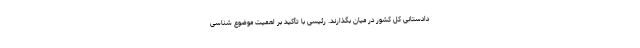
دادستانی کل کشور در میان بگذارند. رئیسی با تأکید بر اهمیت موضوع شناسی